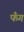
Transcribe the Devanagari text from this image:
फँग